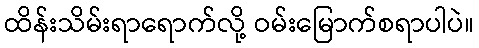
ထိန်းသိမ်းရာရောက်လို့ ဝမ်းမြောက်စရာပါပဲ။